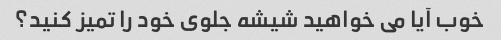
خوب آیا می خواهید شیشه جلوی خود را تمیز کنید؟